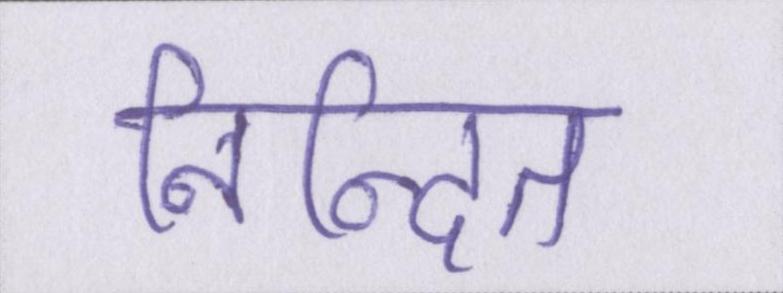
निन्दित